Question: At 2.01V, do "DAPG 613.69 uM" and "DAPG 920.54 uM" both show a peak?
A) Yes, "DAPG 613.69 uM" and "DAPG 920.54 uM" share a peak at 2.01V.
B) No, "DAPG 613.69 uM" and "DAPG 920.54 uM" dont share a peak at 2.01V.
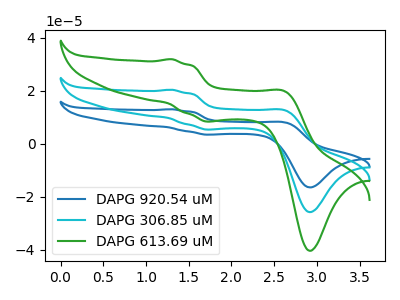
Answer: <think>The blue curve "DAPG 920.54 uM" has anodic peaks at (1.30V, 40.80uA) (2.65V, 25.15uA) and cathodic peaks at (1.75V, 10.70uA) (2.95V, -51.65uA). The cyan curve "DAPG 306.85 uM" has anodic peaks at (1.30V, 20.40uA) (2.65V, 12.55uA) and cathodic peaks at (1.75V, 5.35uA) (2.95V, -25.80uA). The green curve "DAPG 613.69 uM" has anodic peaks at (1.30V, 31.90uA) (2.65V, 19.65uA) and cathodic peaks at (1.75V, 8.40uA) (2.95V, -40.45uA).</think>
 <answer>B) No, "DAPG 613.69 uM" and "DAPG 920.54 uM" dont share a peak at 2.01V.</answer>
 <eval>B</eval>